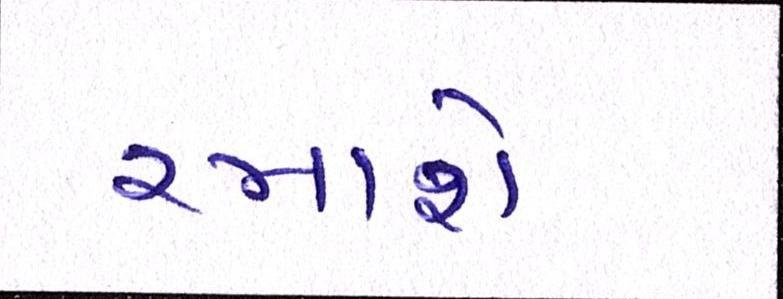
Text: રમાશે